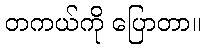
တကယ်ကို ပြောတာ။